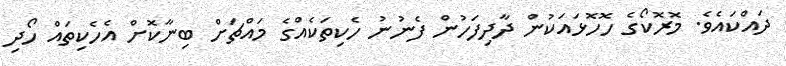
ދައްކައެވެ. މޮރޮކޯގެ ހޮހޮޅައަކުން ދާދިފަހުން ފެނުނު ހެކިތަކެއްގެ މައްޗަށް ބިނާކޮށް އެހެކިތައް ހޯދި